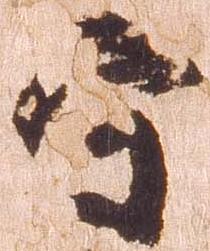
守